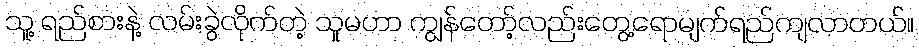
သူ့ ရည်စားနဲ့ လမ်းခွဲလိုက်တဲ့ သူမဟာ ကျွန်တော့်လည်းတွေ့ရောမျက်ရည်ကျလာတယ်။